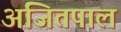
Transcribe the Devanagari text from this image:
अजितपाल